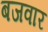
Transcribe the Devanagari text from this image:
बजवार